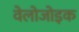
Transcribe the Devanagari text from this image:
वेलोजोइक